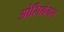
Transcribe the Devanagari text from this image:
ओसियेनस